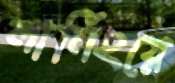
লার্নিংয়ে